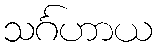
သင်္ဂဟာယ